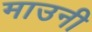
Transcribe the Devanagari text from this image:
माउनी